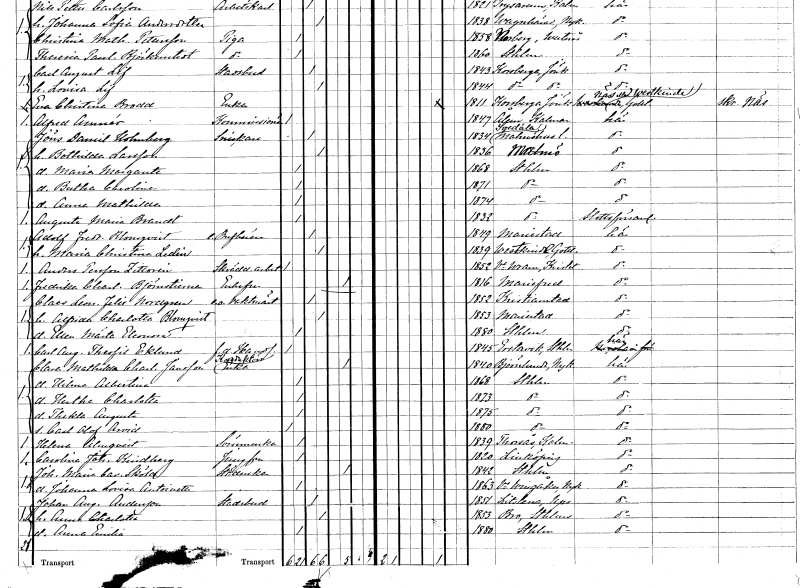
gt_parse: households: individuals: FN: Jöns Daniel
EN: Holmberg
YRKE: Snickare
KON: M
CIV: G
FODAR: 1834
FODFORS: Svedala Malmöhus län
FN: Bothilda
EN: Larsson
KON: K
CIV: G
FODAR: 1836
FODFORS: Malmö Malmöhus län
FN: Maria Margareta
KON: K
CIV: O
FODAR: 1868
FODFORS: Stockholm
FN: Bertha Carolina
KON: K
CIV: O
FODAR: 1871
FODFORS: Stockholm
FN: Anna Mathilda
KON: K
CIV: O
FODAR: 1874
FODFORS: Stockholm
FN: Augusta Maria
EN: Brandt
KON: K
CIV: O
FODAR: 1832
FODFORS: Stockholm
FN: Adolf Fredrik
EN: Blomqvist
YRKE: Brevbärare extra
KON: M
CIV: G
FODAR: 1849
FODFORS: Mariestad Skaraborgs län
FN: Maria Christina
EN: Ledin
KON: K
CIV: G
FODAR: 1839
FODFORS: Väskinde Gotlands län
FN: Anders
EN: Persson Zittorin
YRKE: Skrädderiarbetare
KON: M
CIV: O
FODAR: 1852
FODFORS: Västra Vram Kristianstads län
FN: Fredrika Charlotta
EN: Björnstierna
KON: K
CIV: E
FODAR: 1816
FODFORS: Mariefred Södermanlands län
FN: Claes Leonard Felix
EN: Nordgren
YRKE: Vaktmästare e.o.
KON: M
CIV: G
FODAR: 1852
FODFORS: Kristianstad Kristianstads län
FN: Alfrida Charlotta
EN: Blomqvist
KON: K
CIV: G
FODAR: 1853
FODFORS: Mariestad Skaraborgs län
FN: Ellen Märta Eleonora
KON: K
CIV: O
FODAR: 1880
FODFORS: Stockholm
FN: Carl August Theofil
EN: Eklund
YRKE: Handlande f.d.
KON: M
CIV: O
FODAR: 1845
FODFORS: Erstavik Stockholms län
FN: Clara Mathilda Charlotta
EN: Jansson
YRKE: Konduktörsänka
KON: K
CIV: E
FODAR: 1840
FODFORS: Björnlunda Södermanlands län
FN: Hilma Albertina
KON: K
CIV: O
FODAR: 1868
FODFORS: Stockholm
FN: Hertha Charlotta
KON: K
CIV: O
FODAR: 1873
FODFORS: Stockholm
FN: Thekla Augusta
KON: K
CIV: O
FODAR: 1875
FODFORS: Stockholm
FN: Carl Olof Arvid
KON: M
CIV: O
FODAR: 1880
FODFORS: Stockholm
FN: Helena
EN: Almqvist
YRKE: Sömmerska
KON: K
CIV: O
FODAR: 1839
FODFORS: Torsås Kalmar län
FN: Carolina Johanna
EN: Kindberg
YRKE: Jungfru
KON: K
CIV: O
FODAR: 1820
FODFORS: Linköping Östergötlands län
FN: Johanna Maria Carolina
EN: Sköld
YRKE: Städerska
KON: K
CIV: E
FODAR: 1842
FODFORS: Stockholm
FN: Johanna Lovisa Antoinette
KON: K
CIV: O
FODAR: 1863
FODFORS: Västra Vingåker Södermanlands län
FN: Johan August
EN: Andersson
YRKE: Stadsbud
KON: M
CIV: G
FODAR: 1851
FODFORS: Litslena Uppsala län
FN: Anna Charlotta
KON: K
CIV: G
FODAR: 1853
FODFORS: Bro Stockholms län
FN: Anna Emilia
KON: K
CIV: O
FODAR: 1880
FODFORS: Stockholm